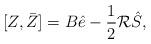
LaTeX: \begin{align*}[Z,\bar Z]=B\hat e -\frac{1}{2}\mathcal R \hat S,\end{align*}